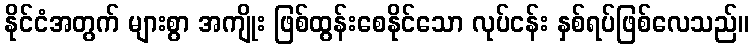
နိုင်ငံအတွက် များစွာ အကျိုး ဖြစ်ထွန်းစေနိုင်သော လုပ်ငန်း နှစ်ရပ်ဖြစ်လေသည်။